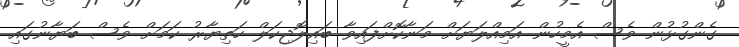
ގެންގުޅުން ވެސް އެމީހުން އަމިއްލަޔަށް މަނާކޮށްފައިވާ ބައިލޮޖިކަލް ހަތިޔާރު ކަމަށް ވެސް ބަޔާނުގައި